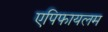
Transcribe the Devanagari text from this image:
एपिफायलम